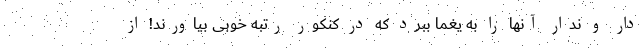
دار و ندار آنها را به یغما ببرد که در کنکور رتبه خوبی بیاورند! از